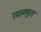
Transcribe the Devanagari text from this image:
रधनपुरा